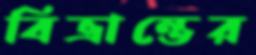
বিভ্রান্তের